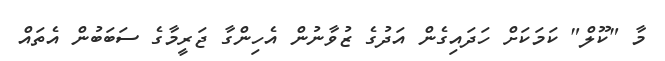
މާ "ކޫލް" ކަމަކަށް ހަދައިގެން އަދުގެ ޒުވާނުން އެހިންގާ ޖަރީމާގެ ސަބަބުން އެތައް